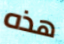
هذه